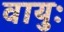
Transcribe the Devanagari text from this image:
वायुः